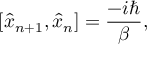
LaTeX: \left[ \hat { x } _ { n + 1 } , \hat { x } _ { n } \right] = \frac { - i \hbar } \beta ,